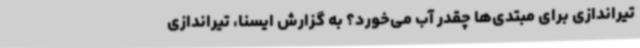
تیراندازی برای مبتدی‌ها چقدر آب می‌خورد؟ به گزارش ایسنا، تیراندازی